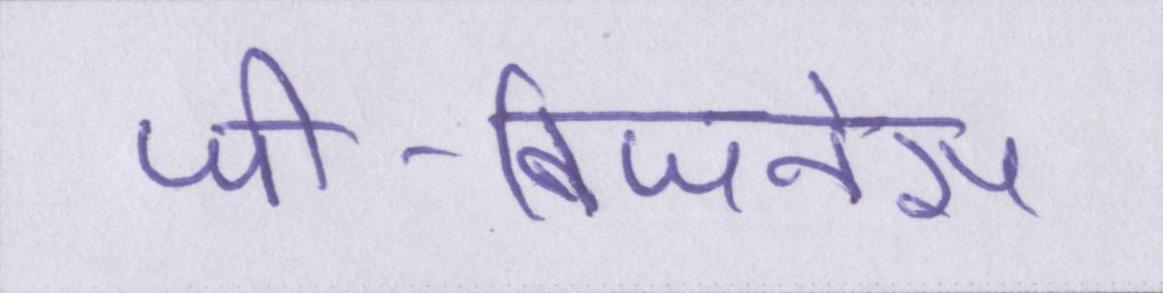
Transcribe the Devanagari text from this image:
जी-बिजनेस